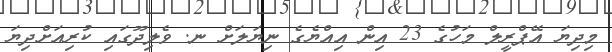
މިދިޔަ އޭޕްރީލް މަހުގެ 23 އިން އިއްޔެގެ ނިޔަލަށް ނ. ވެލިދޫގައި ކުރިއަށްދިޔަ